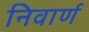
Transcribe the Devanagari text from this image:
निवार्ण